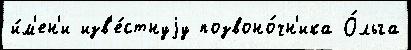
и́м'ен'и изв'е́стнуjу позвоно́чн'ика О́льга